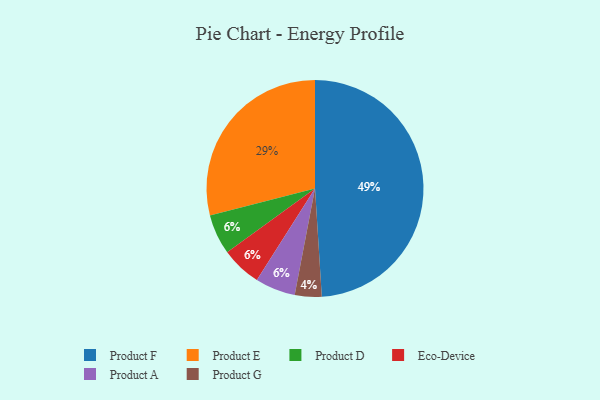
{"axis": {"x": "Category", "y": "Percentage"}, "legend": ["Eco-Device", "Product A", "Product D", "Product E", "Product F", "Product G"], "data": [{"x": "Product D", "y": 6, "type": "Product D"}, {"x": "Product G", "y": 4, "type": "Product G"}, {"x": "Eco-Device", "y": 6, "type": "Eco-Device"}, {"x": "Product A", "y": 6, "type": "Product A"}, {"x": "Product F", "y": 49, "type": "Product F"}, {"x": "Product E", "y": 29, "type": "Product E"}]}